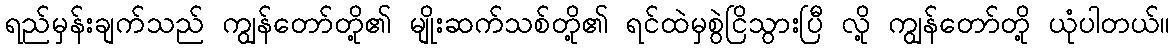
ရည်မှန်းချက်သည် ကျွန်တော်တို့၏ မျိုးဆက်သစ်တို့၏ ရင်ထဲမှစွဲငြိသွားပြီ လို့ ကျွန်တော်တို့ ယုံပါတယ်။